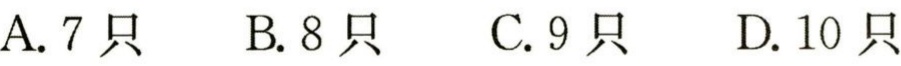
A. 7只  B. 8只  C. 9只  D. 10只